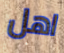
اهل